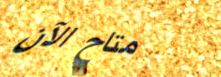
متاح الآن